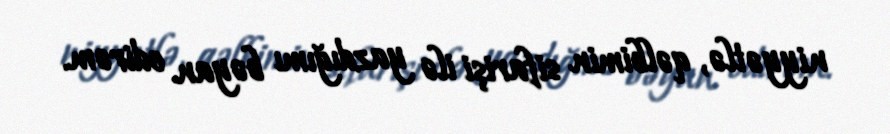
niyyətlə, qəlbimin sifarişi ilə yazdığımı bəyan edirəm.